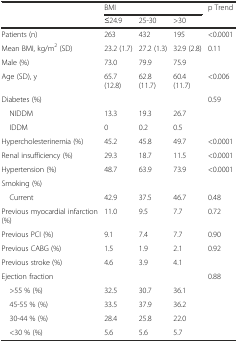
<table><thead><tr><td rowspan="2"></td><td colspan="3"><b>BMI</b></td><td rowspan="2"><b>p Trend</b></td></tr><tr><td><b>≤24.9</b></td><td><b>25-30</b></td><td><b>&gt;30</b></td></tr></thead><tbody><tr><td>Patients (n)</td><td>263</td><td>432</td><td>195</td><td>&lt;0.0001</td></tr><tr><td>Mean BMI, kg/m<sup>2</sup> (SD)</td><td>23.2 (1.7)</td><td>27.2 (1.3)</td><td>32.9 (2.8)</td><td>0.11</td></tr><tr><td>Male (%)</td><td>73.0</td><td>79.9</td><td>75.9</td><td></td></tr><tr><td>Age (SD), y</td><td>65.7 (12.8)</td><td>62.8 (11.7)</td><td>60.4 (11.7)</td><td>&lt;0.006</td></tr><tr><td>Diabetes (%)</td><td></td><td></td><td></td><td>0.59</td></tr><tr><td> NIDDM</td><td>13.3</td><td>19.3</td><td>26.7</td><td></td></tr><tr><td> IDDM</td><td>0</td><td>0.2</td><td>0.5</td><td></td></tr><tr><td>Hypercholesterinemia (%)</td><td>45.2</td><td>45.8</td><td>49.7</td><td>&lt;0.0001</td></tr><tr><td>Renal insufficiency (%)</td><td>29.3</td><td>18.7</td><td>11.5</td><td>&lt;0.0001</td></tr><tr><td>Hypertension (%)</td><td>48.7</td><td>63.9</td><td>73.9</td><td>&lt;0.0001 </td></tr><tr><td>Smoking (%)</td><td></td><td></td><td></td><td></td></tr><tr><td> Current</td><td>42.9</td><td>37.5</td><td>46.7</td><td>0.48</td></tr><tr><td>Previous myocardial infarction (%)</td><td>11.0</td><td>9.5</td><td>7.7</td><td>0.72</td></tr><tr><td>Previous PCI (%)</td><td>9.1</td><td>7.4</td><td>7.7</td><td>0.90</td></tr><tr><td>Previous CABG (%)</td><td>1.5</td><td>1.9</td><td>2.1</td><td>0.92</td></tr><tr><td>Previous stroke (%)</td><td>4.6</td><td>3.9</td><td>4.1</td><td></td></tr><tr><td>Ejection fraction</td><td></td><td></td><td></td><td>0.88</td></tr><tr><td> &gt;55 % (%)</td><td>32.5</td><td>30.7</td><td>36.1</td><td></td></tr><tr><td> 45-55 % (%)</td><td>33.5</td><td>37.9</td><td>36.2</td><td></td></tr><tr><td> 30-44 % (%)</td><td>28.4</td><td>25.8</td><td>22.0</td><td></td></tr><tr><td> &lt;30 % (%)</td><td>5.6</td><td>5.6</td><td>5.7</td><td></td></tr></tbody></table>